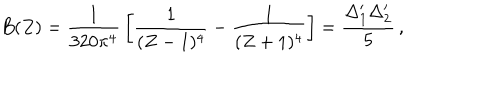
LaTeX: B ( Z ) = { \frac { 1 } { 3 2 0 \pi ^ { 4 } } } \left[ { \frac { 1 } { ( Z - 1 ) ^ { 4 } } } - { \frac { 1 } { ( Z + 1 ) ^ { 4 } } } \right] = { \frac { \Delta _ { 1 } ^ { \prime } \Delta _ { 2 } ^ { \prime } } { 5 } } \, ,